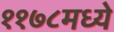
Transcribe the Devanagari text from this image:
११७८मध्ये